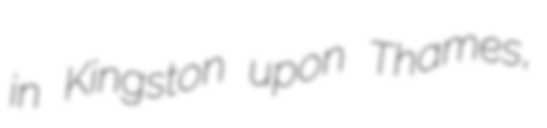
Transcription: in Kingston upon Thames,